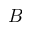
{ \cal B }